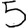
Digit: 5